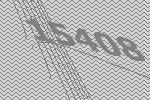
15408